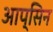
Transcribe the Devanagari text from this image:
आप्सिन